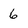
Character: 6